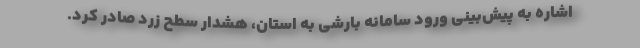
اشاره به پیش‌بینی ورود سامانه بارشی به استان، هشدار سطح زرد صادر کرد.